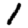
Digit: 1